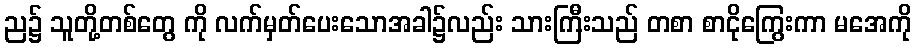
ည၌ သူတို့တစ်တွေ ကို လက်မှတ်ပေးသောအခါ၌လည်း သားကြီးသည် တစာ စာငိုကြွေးကာ မအေကို